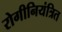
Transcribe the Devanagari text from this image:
रोगीनियंत्रित